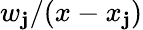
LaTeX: w_{\mathbf{j}}/(x-x_{\mathbf{j}})